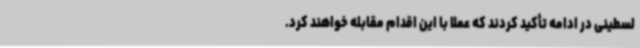
لسطینی در ادامه تأکید کردند که عملاً با این اقدام مقابله خواهند کرد.